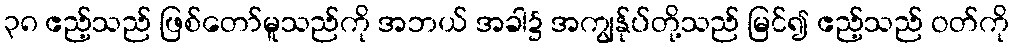
၃၈ ဧည့်သည် ဖြစ်တော်မူသည်ကို အဘယ် အခါ၌ အကျွန်ုပ်တို့သည် မြင်၍ ဧည့်သည် ဝတ်ကို